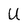
Character: U